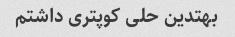
بهتدین حلی کوپتری داشتم